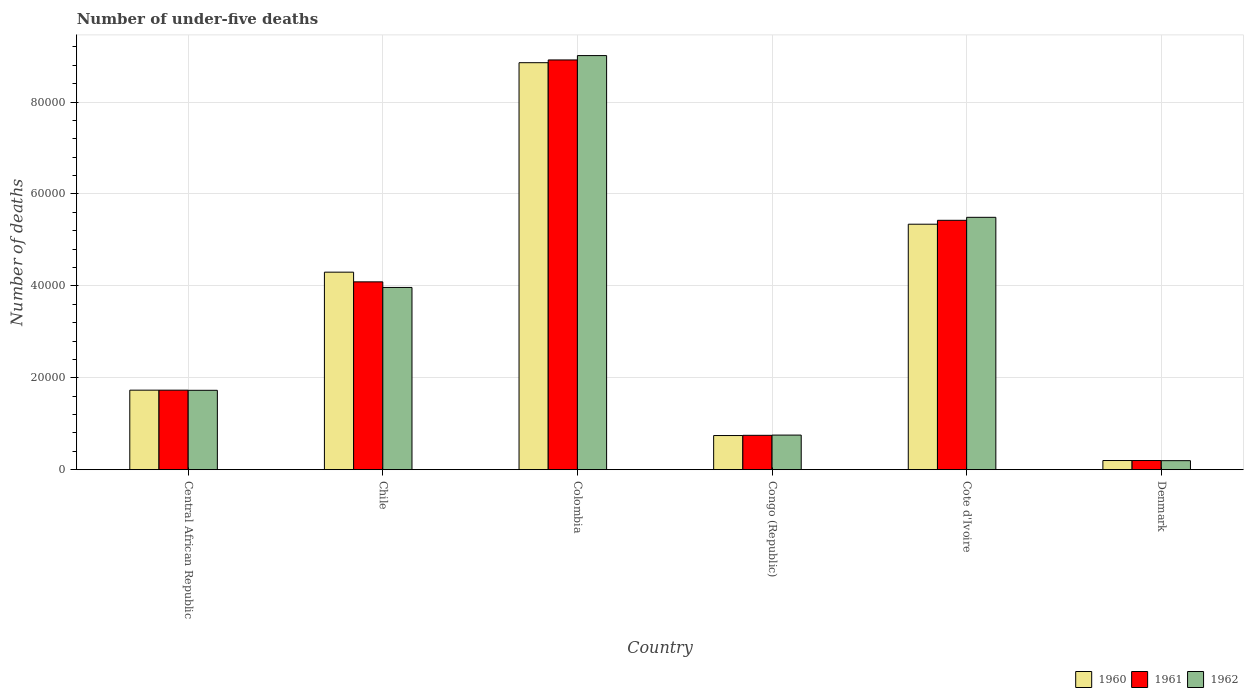
| Country | 1960 | 1961 | 1962 |
 | --- | --- | --- | --- |
 | Central African Republic | 1.73e+04 | 1.73e+04 | 1.73e+04 |
 | Chile | 4.3e+04 | 4.09e+04 | 3.97e+04 |
 | Colombia | 8.86e+04 | 8.92e+04 | 9.01e+04 |
 | Congo (Republic) | 7.43e+03 | 7.48e+03 | 7.53e+03 |
 | Cote d'Ivoire | 5.34e+04 | 5.43e+04 | 5.49e+04 |
 | Denmark | 2e+03 | 2e+03 | 1.96e+03 |